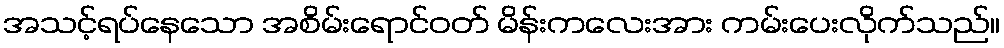
အသင့်ရပ်နေသော အစိမ်းရောင်ဝတ် မိန်းကလေးအား ကမ်းပေးလိုက်သည်။